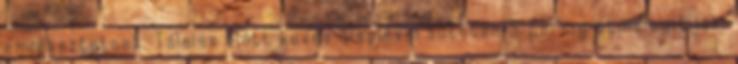
emlékeztetnek. Tálalás előtt kevés alaplével sütőben 5 percig átmelegítjük.